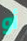
أو